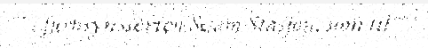
"""i fjernsynsserien Sesam Stasjon, som til"""